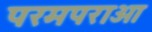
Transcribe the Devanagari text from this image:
परमपराओ